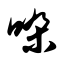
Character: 哚